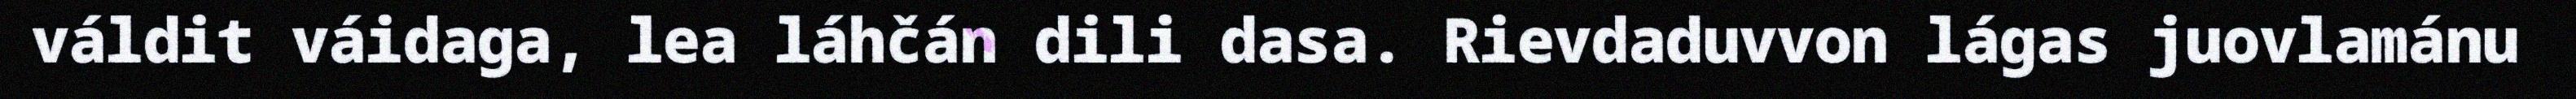
váldit váidaga, lea láhčán dili dasa. Rievdaduvvon lágas juovlamánu